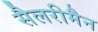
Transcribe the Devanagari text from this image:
सैलरीमैन